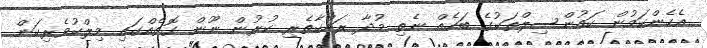
އެހެންކަމުން ކައުންސިލްތަކުގެ ބަހެއް ނެތި މުދާ ރައްކާތެރި ކުރުން ނޫން ގޮތެއްގައި މިލްކުވެރިކަން